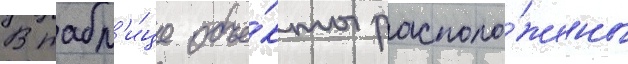
В табл'и́це объе́кты располо́жены